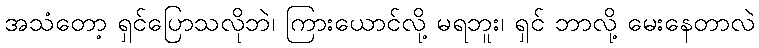
အသံတော့ ရှင်ပြောသလိုဘဲ၊ ကြားယောင်လို့ မရဘူး၊ ရှင် ဘာလို့ မေးနေတာလဲ